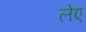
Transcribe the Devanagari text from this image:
लेए